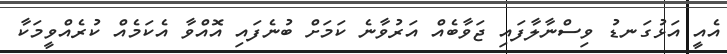
އެއީ އަޅުގަނޑު ވިސްނާލާފައި ޖަވާބެއް އަރުވާނެ ކަމަށް ބުނެފައި އޮއްވާ އެކަމެއް ކުރެއްވީމަކާ